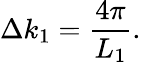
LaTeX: {\Delta}k_{1}=\frac{4\pi}{L_{1}}.